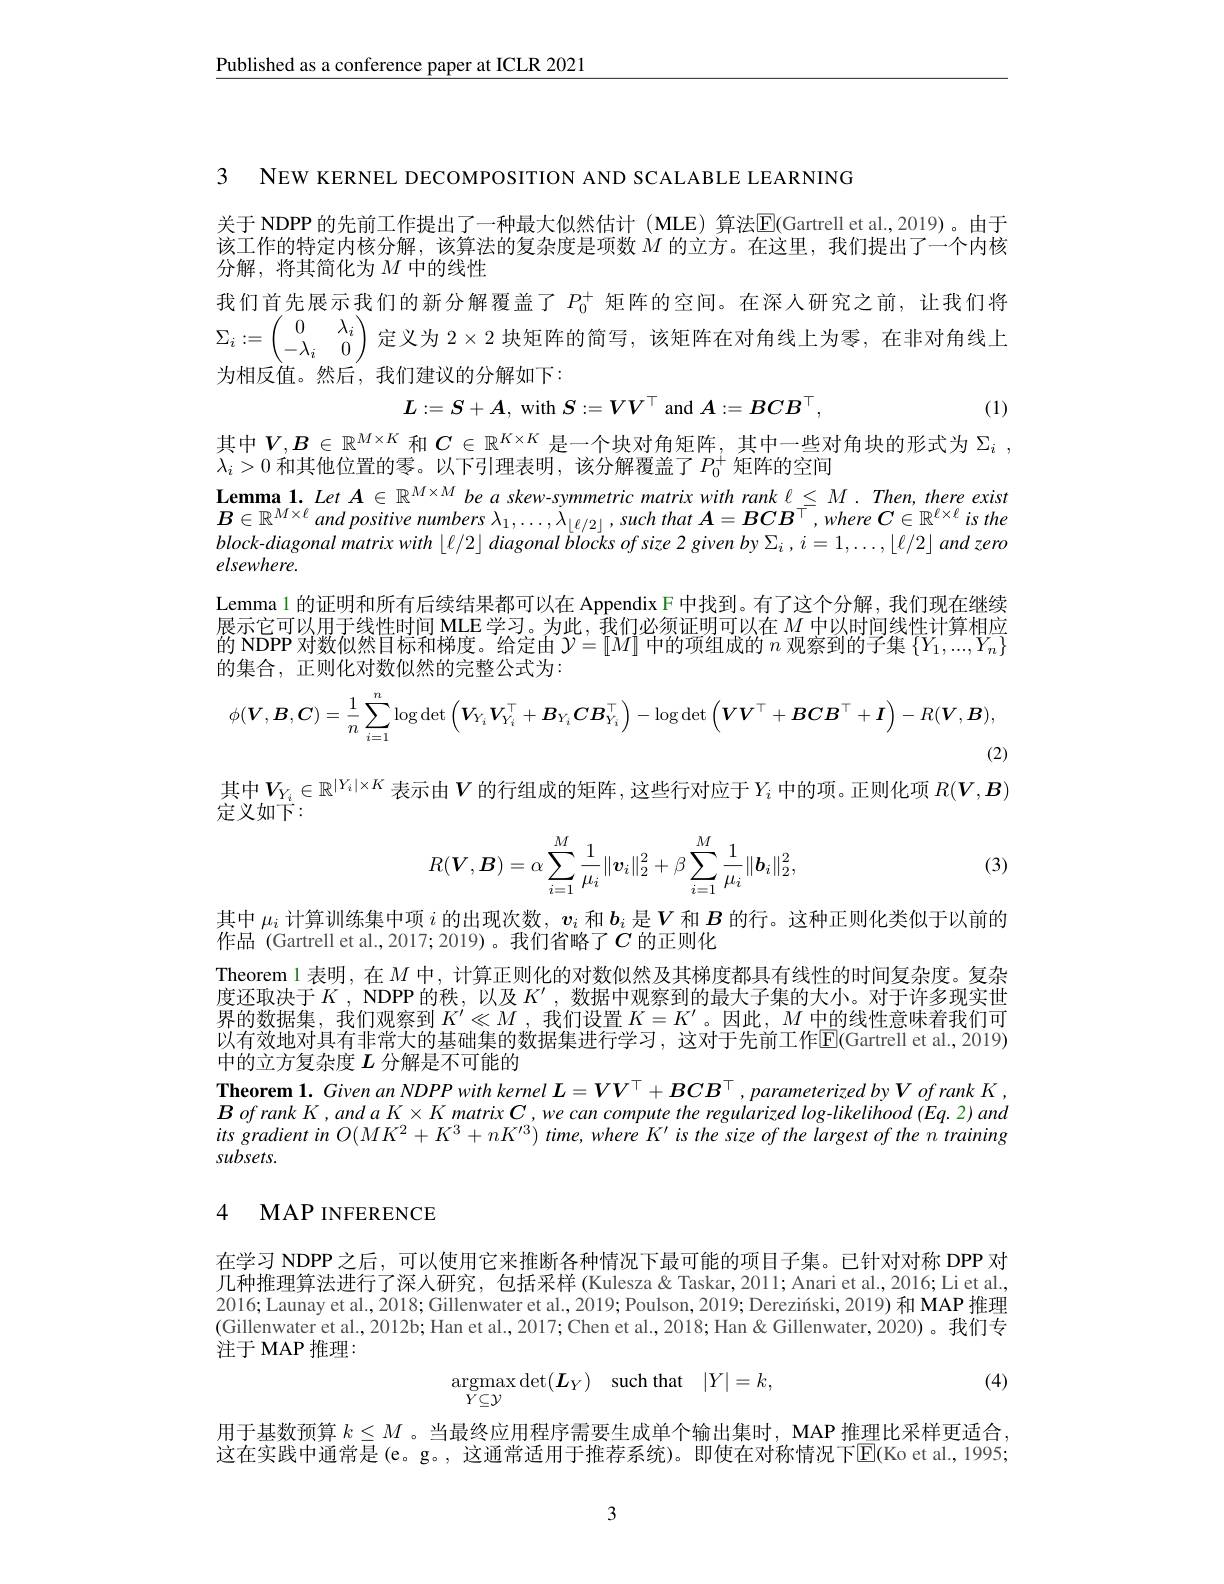
$\underline{\text{Published as a conference paper at ICLR 2021}}$

3 NEW KERNEL DECOMPOSITION AND SCALABLE LEARNING

关于 NDPP 的先前工作提出了一种最大似然估计 (MLE) 算法$\overline{\mathrm{E}}($Gartrell et al.,2019)。由于该工作的特定内核分解，该算法的复杂度是项数$M$的立方。在这里，我们提出了一个内核分解，将其简化为$M$ 中的线性
我们首先展示我们的新分解覆盖了$P_0^+$矩阵的空间。在深人研究之前，让我们将$\Sigma_{i}:=\left(\begin{array}{cc}{0}&{\lambda_{i}}\\{-\lambda_{i}}&{0}\\\end{array}\right)$定义为 $2\times2$ 块矩阵的简写，该矩阵在对角线上为零，在非对角线上为相反值。然后，我们建议的分解如下：
$$L:=S+A,\mathrm{~with~}S:=VV^\top\mathrm{~and~}A:=BCB^\top,$$
(1)

其中$V,B\in\mathbb{R}^{M\times K}$和$C\in\mathbb{R}^K\times K$是一个块对角矩阵，其中一些对角块的形式为$\Sigma_i$,
$\lambda_i>0$ 和其他位置的零。以下引理表明，该分解覆盖了$P_0^+$ 矩阵的空间

$\textbf{Lemma }1. \textit{ Let }A\in \mathbb{R} ^{M\times M}$ be a skew-symmetric matrix with rank $\ell \leq M. \textit{ Then, there exist}$ $B\in\mathbb{R}^{M\times\ell}$ and positive numbers $\lambda_1,\ldots,\tilde{\lambda}_{\lfloor\ell/2\rfloor}$, such that $A=BCB^\top,whereC\in\mathbb{R}^{\ell\times\ell}$ is the $block-diagonalmatrixwith\left\lfloor\ell/2\right\rfloor diagonalblocksofsize2givenby\Sigma_i,i=1,\ldots,\lfloor\ell/2\rfloor andzero$ $elsewhere.$
Lemma 1 的证明和所有后续结果都可以在 Appendix F 中找到。有了这个分解，我们现在继续展示它可以用于线性时间 MLE学习。为此，我们必须证明可以在$M$中以时间线性计算相应的 NDPP 对数似然目标和梯度。给定由$\mathcal{Y}=[M]$中的项组成的$n$观察到的子集$\{Y_1,...,Y_n\}$ 的集合，正则化对数似然的完整公式为：
$$\phi(V,B,C)=\frac{1}{n}\sum_{i=1}^{n}\log\det\left(V_{Y_{i}}V_{Y_{i}}^{\top}+B_{Y_{i}}CB_{Y_{i}}^{\top}\right)-\log\det\left(VV^{\top}+BCB^{\top}+I\right)-R(V,B),$$
(2)

其中$V_Y_i\in\mathbb{R}^{|Y_i|\times K}$ 表示由$V$ 的行组成的矩阵 ,这些行对应于$Y_i$ 中的项。正则化项 $R(\boldsymbol V,\boldsymbol{B})$
$\hat{\text{定义如下}}:$
$$R(\boldsymbol{V},\boldsymbol{B})=\alpha\sum_{i=1}^M\frac{1}{\mu_i}\|\boldsymbol{v}_i\|_2^2+\beta\sum_{i=1}^M\frac{1}{\mu_i}\|\boldsymbol{b}_i\|_2^2,$$
(3)

其中$\mu_i$计算训练集中项$i$的出现次数，$v_i$和$b_i$是$V$和$B$的行。这种正则化类似于以前的
作品 (Gartrell et al.,2017;2019)。我们省略了$C$ 的正则化
Theorem 1 表明，在$M$中，计算正则化的对数似然及其梯度都具有线性的时间复杂度。复杂度还取决于$K$, NDPP 的秩，以及$K^\prime$,数据中观察到的最大子集的大小。对于许多现实世界的数据集，我们观察到$K^\prime \ll M$ , 我 们 设 置 $K= K^{\prime }$。因此，$M$中的线性意味着我们可以有效地对具有非常大的基础集的数据集进行学习，这对于先前工作E(Gartrell et al.,2019) 中的立方复杂度$L$分解是不可能的
Theorem $1. \textit{ Given an NDPP with kernel L}= VV^{\top }+ BCB^{\top }, parameterizedby\boldsymbol{V}ofrankK$, $BofrankK,andaK\times KmatrixC,wecancomputetheregularized\log-likelihood(Eq.2)and$ its gradient in $O(MK^2+K^3+nK^{\prime3})$ time, where K' is the size of the largest of the n training subsets.

## 4 MAP INFERENCE

在学习 NDPP 之后，可以使用它来推断各种情况下最可能的项目子集。已针对对称 DPP 对几种推理算法进行了深人研究，包括采样 (Kulesza& Taskar,2011; Anari et al., 2016; Li et al., 2016; Launay et al., 2018; Gillenwater et al., 2019; Poulson, 2019; Derezinski, 2019) 和 MAP 推理(Gillenwater et al., 2012b; Han et al., 2017; Chen et al., 2018; Han & Gillenwater, 2020)。我们专注于 MAP 推理：
$$\mathop{\mathrm{argmax}}_{Y\subseteq\mathcal{Y}}\operatorname*{det}(\boldsymbol{L}_Y)\quad\mathop{\mathrm{such~that}}\quad|Y|=k,$$
(4)

用于基数预算$k\leq M$ 。当最终应用程序需要生成单个输出集时，MAP 推理比采样更适合， 这在实践中通常是(e。g。, 这通常适用于推荐系统)。即使在对称情况下E(Ko et al.,1995;

3